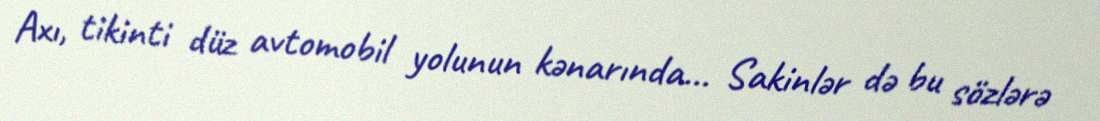
Axı, tikinti düz avtomobil yolunun kənarında... Sakinlər də bu sözlərə